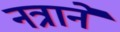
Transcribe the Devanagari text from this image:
नत्राने